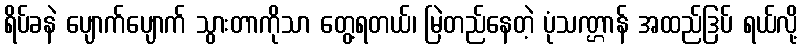
ရိပ်ခနဲ ပျောက်ပျောက် သွားတာကိုသာ တွေ့ရတယ်၊ မြဲတည်နေတဲ့ ပုံသဏ္ဌာန် အထည်ဒြပ် ရယ်လို့